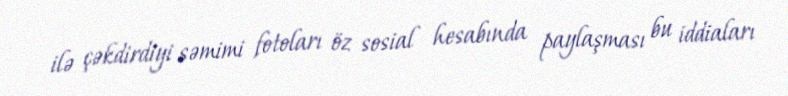
ilə çəkdirdiyi səmimi fotoları öz sosial hesabında paylaşması bu iddiaları